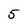
Character: 5